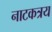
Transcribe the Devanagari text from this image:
नाटकत्रय